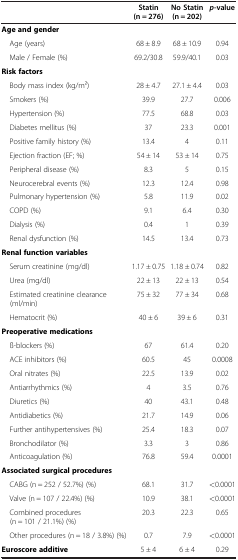
<table><thead><tr><td rowspan="2"><b> </b></td><td><b>Statin</b></td><td><b>No Statin</b></td><td><b><i>p</i>-value</b></td></tr><tr><td><b>(n = 276)</b></td><td><b>(n = 202)</b></td><td><b> </b></td></tr></thead><tbody><tr><td><b>Age and gender</b></td><td> </td><td> </td><td> </td></tr><tr><td> Age (years)</td><td>68 ± 8.9</td><td>68 ± 10.9</td><td>0.94</td></tr><tr><td> Male / Female (%)</td><td>69.2/30.8</td><td>59.9/40.1</td><td>0.03</td></tr><tr><td><b>Risk factors</b></td><td> </td><td> </td><td> </td></tr><tr><td> Body mass index (kg/m2)</td><td>28 ± 4.7</td><td>27.1 ± 4.4</td><td>0.03</td></tr><tr><td> Smokers (%)</td><td>39.9</td><td>27.7</td><td>0.006</td></tr><tr><td> Hypertension (%)</td><td>77.5</td><td>68.8</td><td>0.03</td></tr><tr><td> Diabetes mellitus (%)</td><td>37</td><td>23.3</td><td>0.001</td></tr><tr><td> Positive family history (%)</td><td>13.4</td><td>4</td><td>0.11</td></tr><tr><td> Ejection fraction (EF; %)</td><td>54 ± 14</td><td>53 ± 14</td><td>0.75</td></tr><tr><td> Peripheral disease (%)</td><td>8.3</td><td>5</td><td>0.15</td></tr><tr><td> Neurocerebral events (%)</td><td>12.3</td><td>12.4</td><td>0.98</td></tr><tr><td> Pulmonary hypertension (%)</td><td>5.8</td><td>11.9</td><td>0.02</td></tr><tr><td> COPD (%)</td><td>9.1</td><td>6.4</td><td>0.30</td></tr><tr><td> Dialysis (%)</td><td>0.4</td><td>1</td><td>0.39</td></tr><tr><td> Renal dysfunction (%)</td><td>14.5</td><td>13.4</td><td>0.73</td></tr><tr><td><b>Renal function variables</b></td><td> </td><td> </td><td> </td></tr><tr><td> Serum creatinine (mg/dl)</td><td>1.17 ± 0.75</td><td>1.18 ± 0.74</td><td>0.82</td></tr><tr><td> Urea (mg/dl)</td><td>22 ± 13</td><td>22 ± 13</td><td>0.54</td></tr><tr><td> Estimated creatinine clearance (ml/min)</td><td>75 ± 32</td><td>77 ± 34</td><td>0.68</td></tr><tr><td> Hematocrit (%)</td><td>40 ± 6</td><td>39 ± 6</td><td>0.31</td></tr><tr><td><b>Preoperative medications</b></td><td> </td><td> </td><td> </td></tr><tr><td> ß-blockers (%)</td><td>67</td><td>61.4</td><td>0.20</td></tr><tr><td> ACE inhibitors (%)</td><td>60.5</td><td>45</td><td>0.0008</td></tr><tr><td> Oral nitrates (%)</td><td>22.5</td><td>13.9</td><td>0.02</td></tr><tr><td> Antiarrhythmics (%)</td><td>4</td><td>3.5</td><td>0.76</td></tr><tr><td> Diuretics (%)</td><td>40</td><td>43.1</td><td>0.48</td></tr><tr><td> Antidiabetics (%)</td><td>21.7</td><td>14.9</td><td>0.06</td></tr><tr><td> Further antihypertensives (%)</td><td>25.4</td><td>18.3</td><td>0.07</td></tr><tr><td> Bronchodilator (%)</td><td>3.3</td><td>3</td><td>0.86</td></tr><tr><td> Anticoagulation (%)</td><td>76.8</td><td>59.4</td><td>0.0001</td></tr><tr><td><b>Associated surgical procedures</b></td><td> </td><td> </td><td> </td></tr><tr><td> CABG (n = 252 / 52.7%) (%)</td><td>68.1</td><td>31.7</td><td>&lt;0.0001</td></tr><tr><td> Valve (n = 107 / 22.4%) (%)</td><td>10.9</td><td>38.1</td><td>&lt;0.0001</td></tr><tr><td> Combined procedures (n = 101 / 21.1%) (%)</td><td>20.3</td><td>22.3</td><td>0.65</td></tr><tr><td> Other procedures (n = 18 / 3.8%) (%)</td><td>0.7</td><td>7.9</td><td>&lt;0.0001</td></tr><tr><td><b>Euroscore additive</b></td><td>5 ± 4</td><td>6 ± 4</td><td>0.29</td></tr></tbody></table>